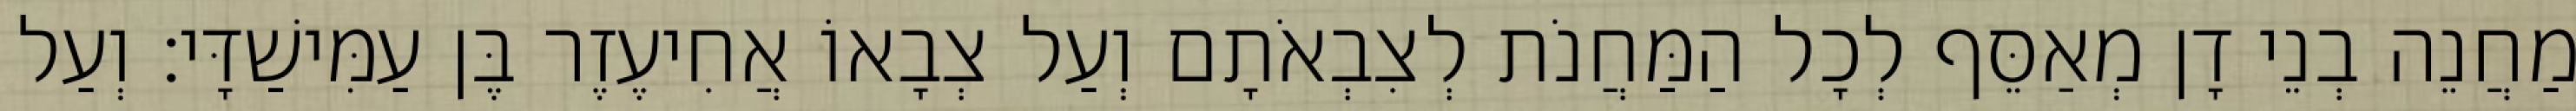
מַחֲנֵה בְנֵי דָן מְאַסֵּף לְכָל הַמַּחֲנֹת לְצִבְאֹתָם וְעַל צְבָאוֹ אֲחִיעֶזֶר בֶּן עַמִּישַׁדָּי׃ וְעַל